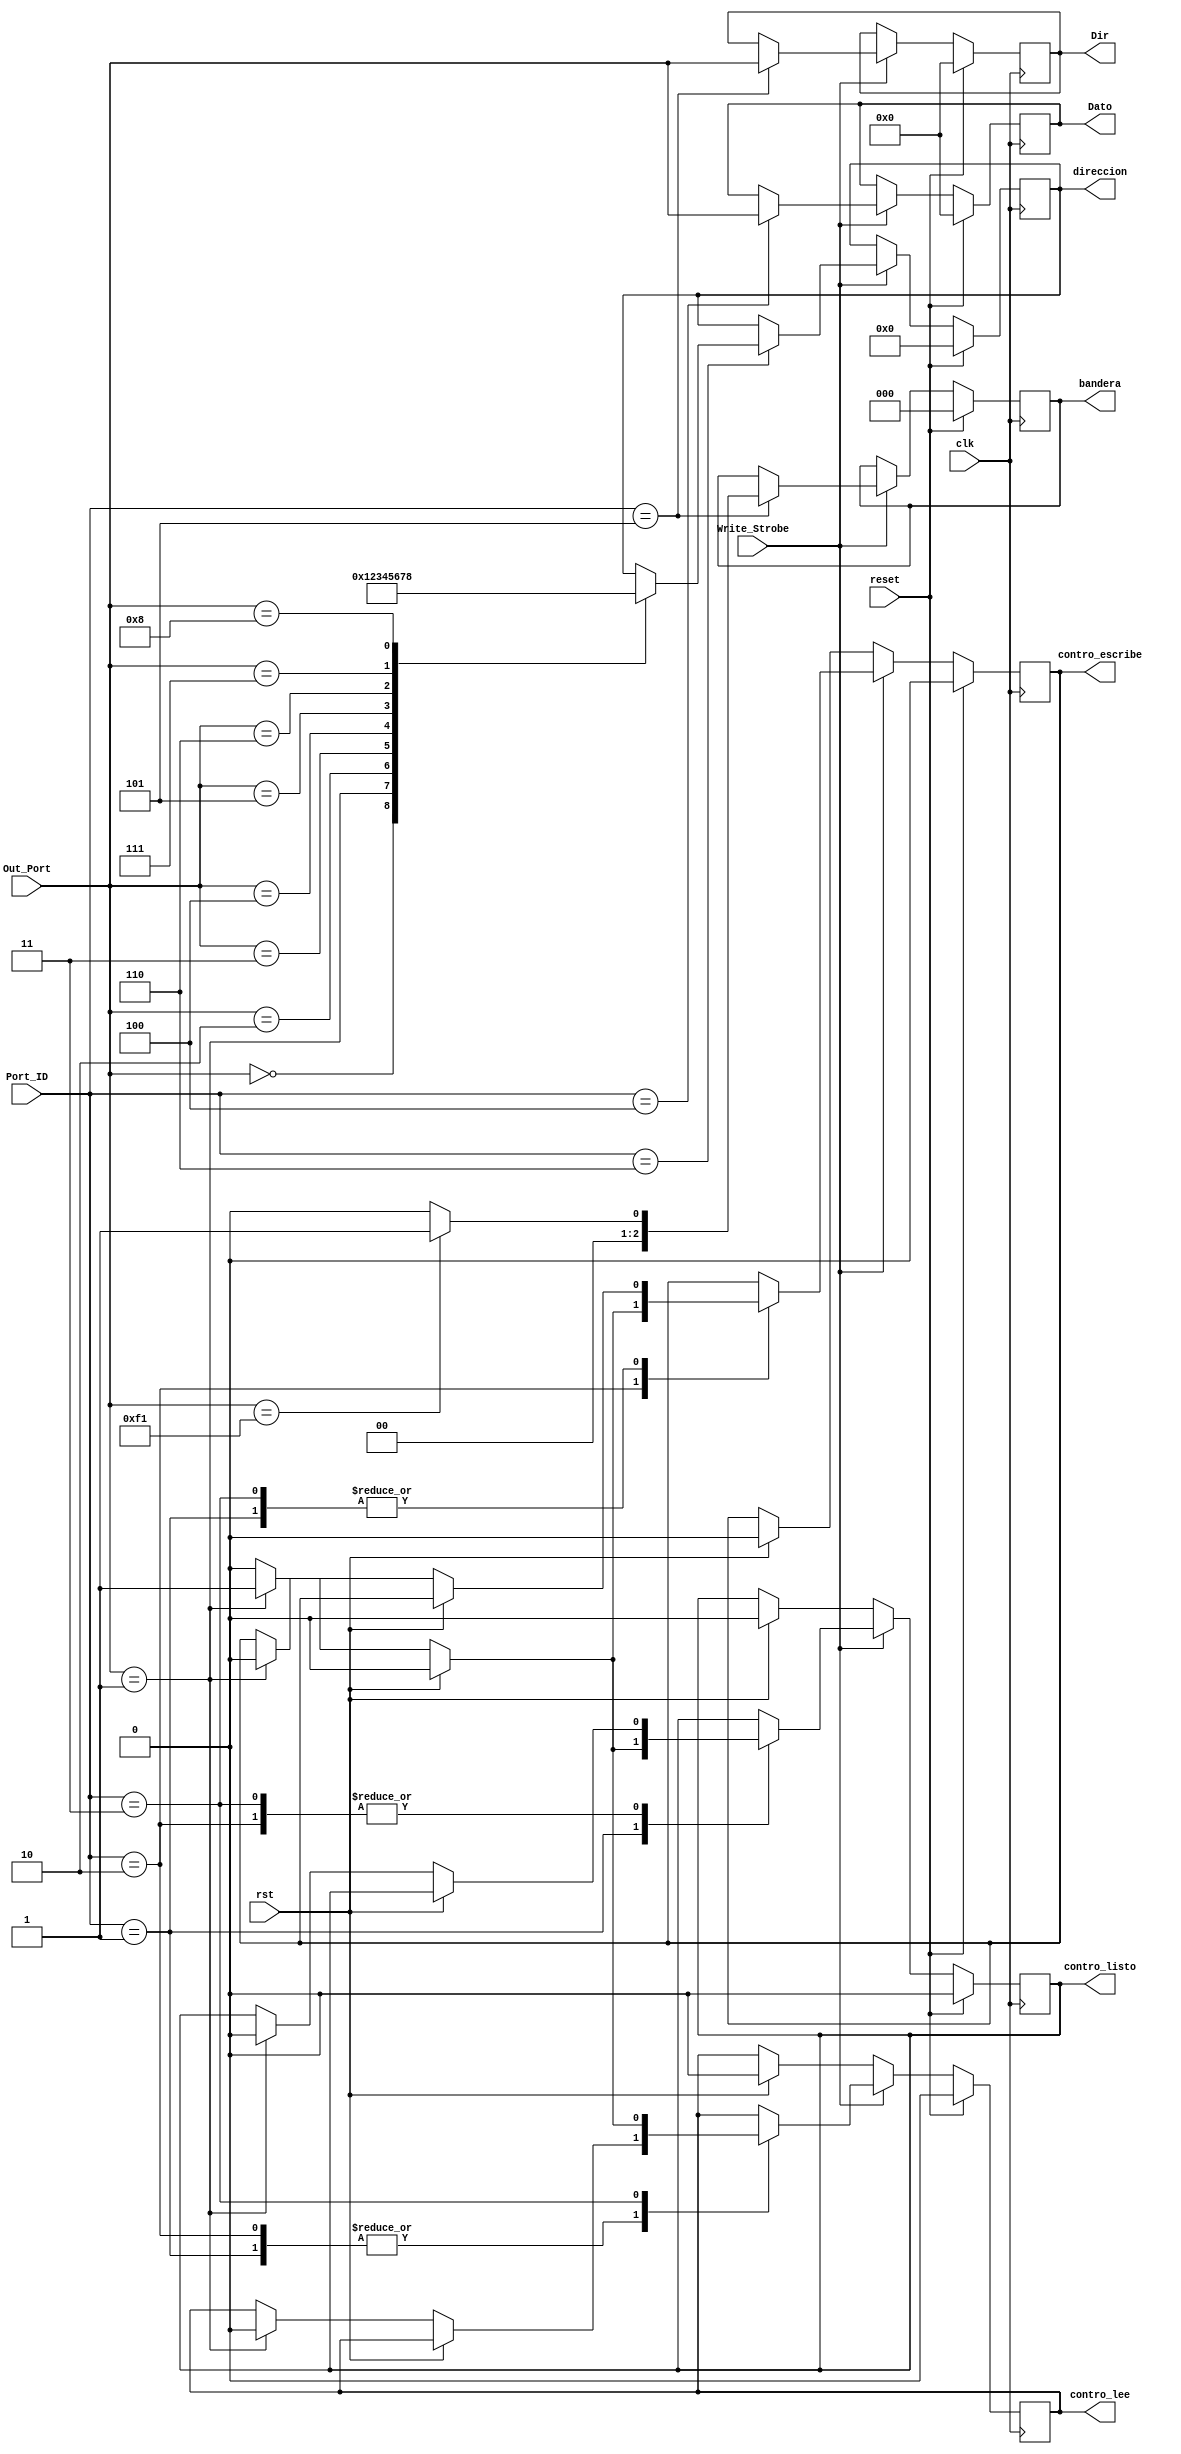
`timescale 1ns / 1ps
//////////////////////////////////////////////////////////////////////////////////
// Company: 
// Engineer: 
// 
// Design Name: 
// Module Name:    registros_salida 
// Project Name: 
// Target Devices: 
// Tool versions: 
// Description: 
//
// Dependencies: 
//
// Revision: 
// Revision 0.01 - File Created
// Additional Comments: 
//
//////////////////////////////////////////////////////////////////////////////////
module registros_salida( 
	input Write_Strobe,
	input [7:0] Out_Port,
	input [7:0] Port_ID,
	input rst , //de la maquina
	input reset,
	input clk,
	output reg [7:0] Dir,
	output reg [7:0] Dato,
	output reg [3:0] direccion,
	output reg contro_listo,
	output reg contro_lee,
	output reg contro_escribe,
	output reg [2:0]bandera
    );

	 //logica del programa
	 always @(posedge clk )
	 if (reset)
		begin
			contro_listo<=1'b0;
			contro_escribe<=1'b0;
			contro_lee<=1'b0;
			Dir<=8'b00000000;
			Dato<=8'b00000000;
			direccion<=4'b0000;
			bandera<=3'b0;
			
		end
	else
	begin
		if (Write_Strobe)
			begin
				case (Port_ID)
					8'b00000001   : //control_listo 
						begin
							if (rst)//me lo da la maquina
								contro_listo<=1'b0;
							else
								begin
									if (Out_Port==8'b00000001) 
											begin
											contro_listo<=1'b1;
											contro_lee<=1'b0;
											contro_escribe<=1'b0;
											end
									else 
									begin
											contro_listo<=1'b0;
											contro_lee<=contro_lee;
											contro_escribe<=contro_escribe;
										end
								end
						end
					8'b00000010   : 
						begin
							if (rst)//me lo da la maquina
								contro_escribe<=1'b0;
							else
								begin
									if (Out_Port==8'b00000001)
										begin
											contro_escribe<=1'b1;
											contro_lee<=1'b0;
											contro_listo<=1'b0;
										end
									else 
									begin
											contro_escribe<=1'b0;
											contro_lee<=contro_lee;
											contro_listo<=contro_listo;
									end
								end
						end
					8'b00000011   : 
						begin
							if (rst)//me lo da la maquina
								contro_lee<=1'b0;
							else
								begin
									if (Out_Port==8'b00000001)
											begin
												contro_lee<=1'b1;
												contro_listo<=1'b0;
												contro_escribe<=1'b0;
											end
									else 
											begin
												contro_lee<=1'b0;
												contro_listo<=contro_listo;
												contro_escribe<=contro_escribe;
											end								end
						end
					8'b00000100   : Dato<=Out_Port; 
					
					8'b00000101   : begin
					
											Dir<=Out_Port; 
											
											if(Out_Port==8'hf1)
												bandera<=3'b1;
											else
												bandera<=3'b0;
											
										 end
					8'b00000110   : 
										begin
											case(Out_Port)
												8'b00000000: direccion<=4'b0000;
												8'b00000001: direccion<=4'b0001;
												8'b00000010: direccion<=4'b0010;
												8'b00000011: direccion<=4'b0011;
												8'b00000100: direccion<=4'b0100;
												8'b00000101: direccion<=4'b0101;
												8'b00000110: direccion<=4'b0110;
												8'b00000111: direccion<=4'b0111;
												8'b00001000: direccion<=4'b1000;
												default: direccion<=direccion;
											endcase
										end
					default :
							begin
								contro_listo<=contro_listo;
								contro_lee<=contro_lee;
								contro_escribe<=contro_escribe;
								direccion<=direccion;
								Dir<=Dir;
								Dato<=Dato;
								bandera<=bandera;
							end
				endcase
			end
		else
			if (rst)
				begin
					contro_listo<=  1'b0;
					contro_lee <=   1'b0;
					contro_escribe<=1'b0;
				end
			else
				begin
					contro_listo<=contro_listo;
					contro_lee <=contro_lee;
					contro_escribe<=contro_escribe;
				end
	end
endmodule